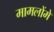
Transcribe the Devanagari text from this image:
मामलोंमे